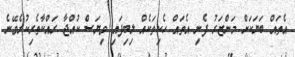
އެތައް ބަޔަކަށް މަންޒަރު ފެނި އެތައް ހެކިތަކެއް ލިބިފައި ވިޔަސް ކުއްޖާ ރައްކާތެރިކުރެވޭނެ